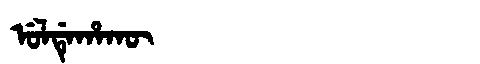
Manchu: ᡠᠯᡩᡝᡥᠠᡴᡡ
Romanization: ULDEHAKŪ